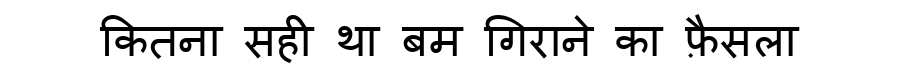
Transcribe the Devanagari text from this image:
कितना सही था बम गिराने का फ़ैसला